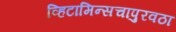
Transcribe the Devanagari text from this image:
व्हिटामिन्सचापुरवठा